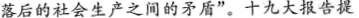
落后的社会生产之间的矛盾”。十九大报告提